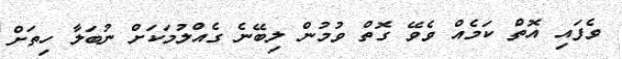
ވެފައި އޮތް ކަމެއް ވެވޭ ގޮތް ވުމުން ލިބޭނެ ގެއްލުމަކަށް ނުބަލާ ހިތަށް